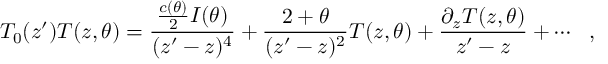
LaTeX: T _ { 0 } ( z ^ { \prime } ) T ( z , \theta ) = \frac { \frac { c ( \theta ) } { 2 } I ( \theta ) } { ( z ^ { \prime } - z ) ^ { 4 } } + \frac { 2 + \theta } { ( z ^ { \prime } - z ) ^ { 2 } } T ( z , \theta ) + \frac { \partial _ { z } T ( z , \theta ) } { z ^ { \prime } - z } + \cdots \: \: \: ,